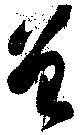
曽